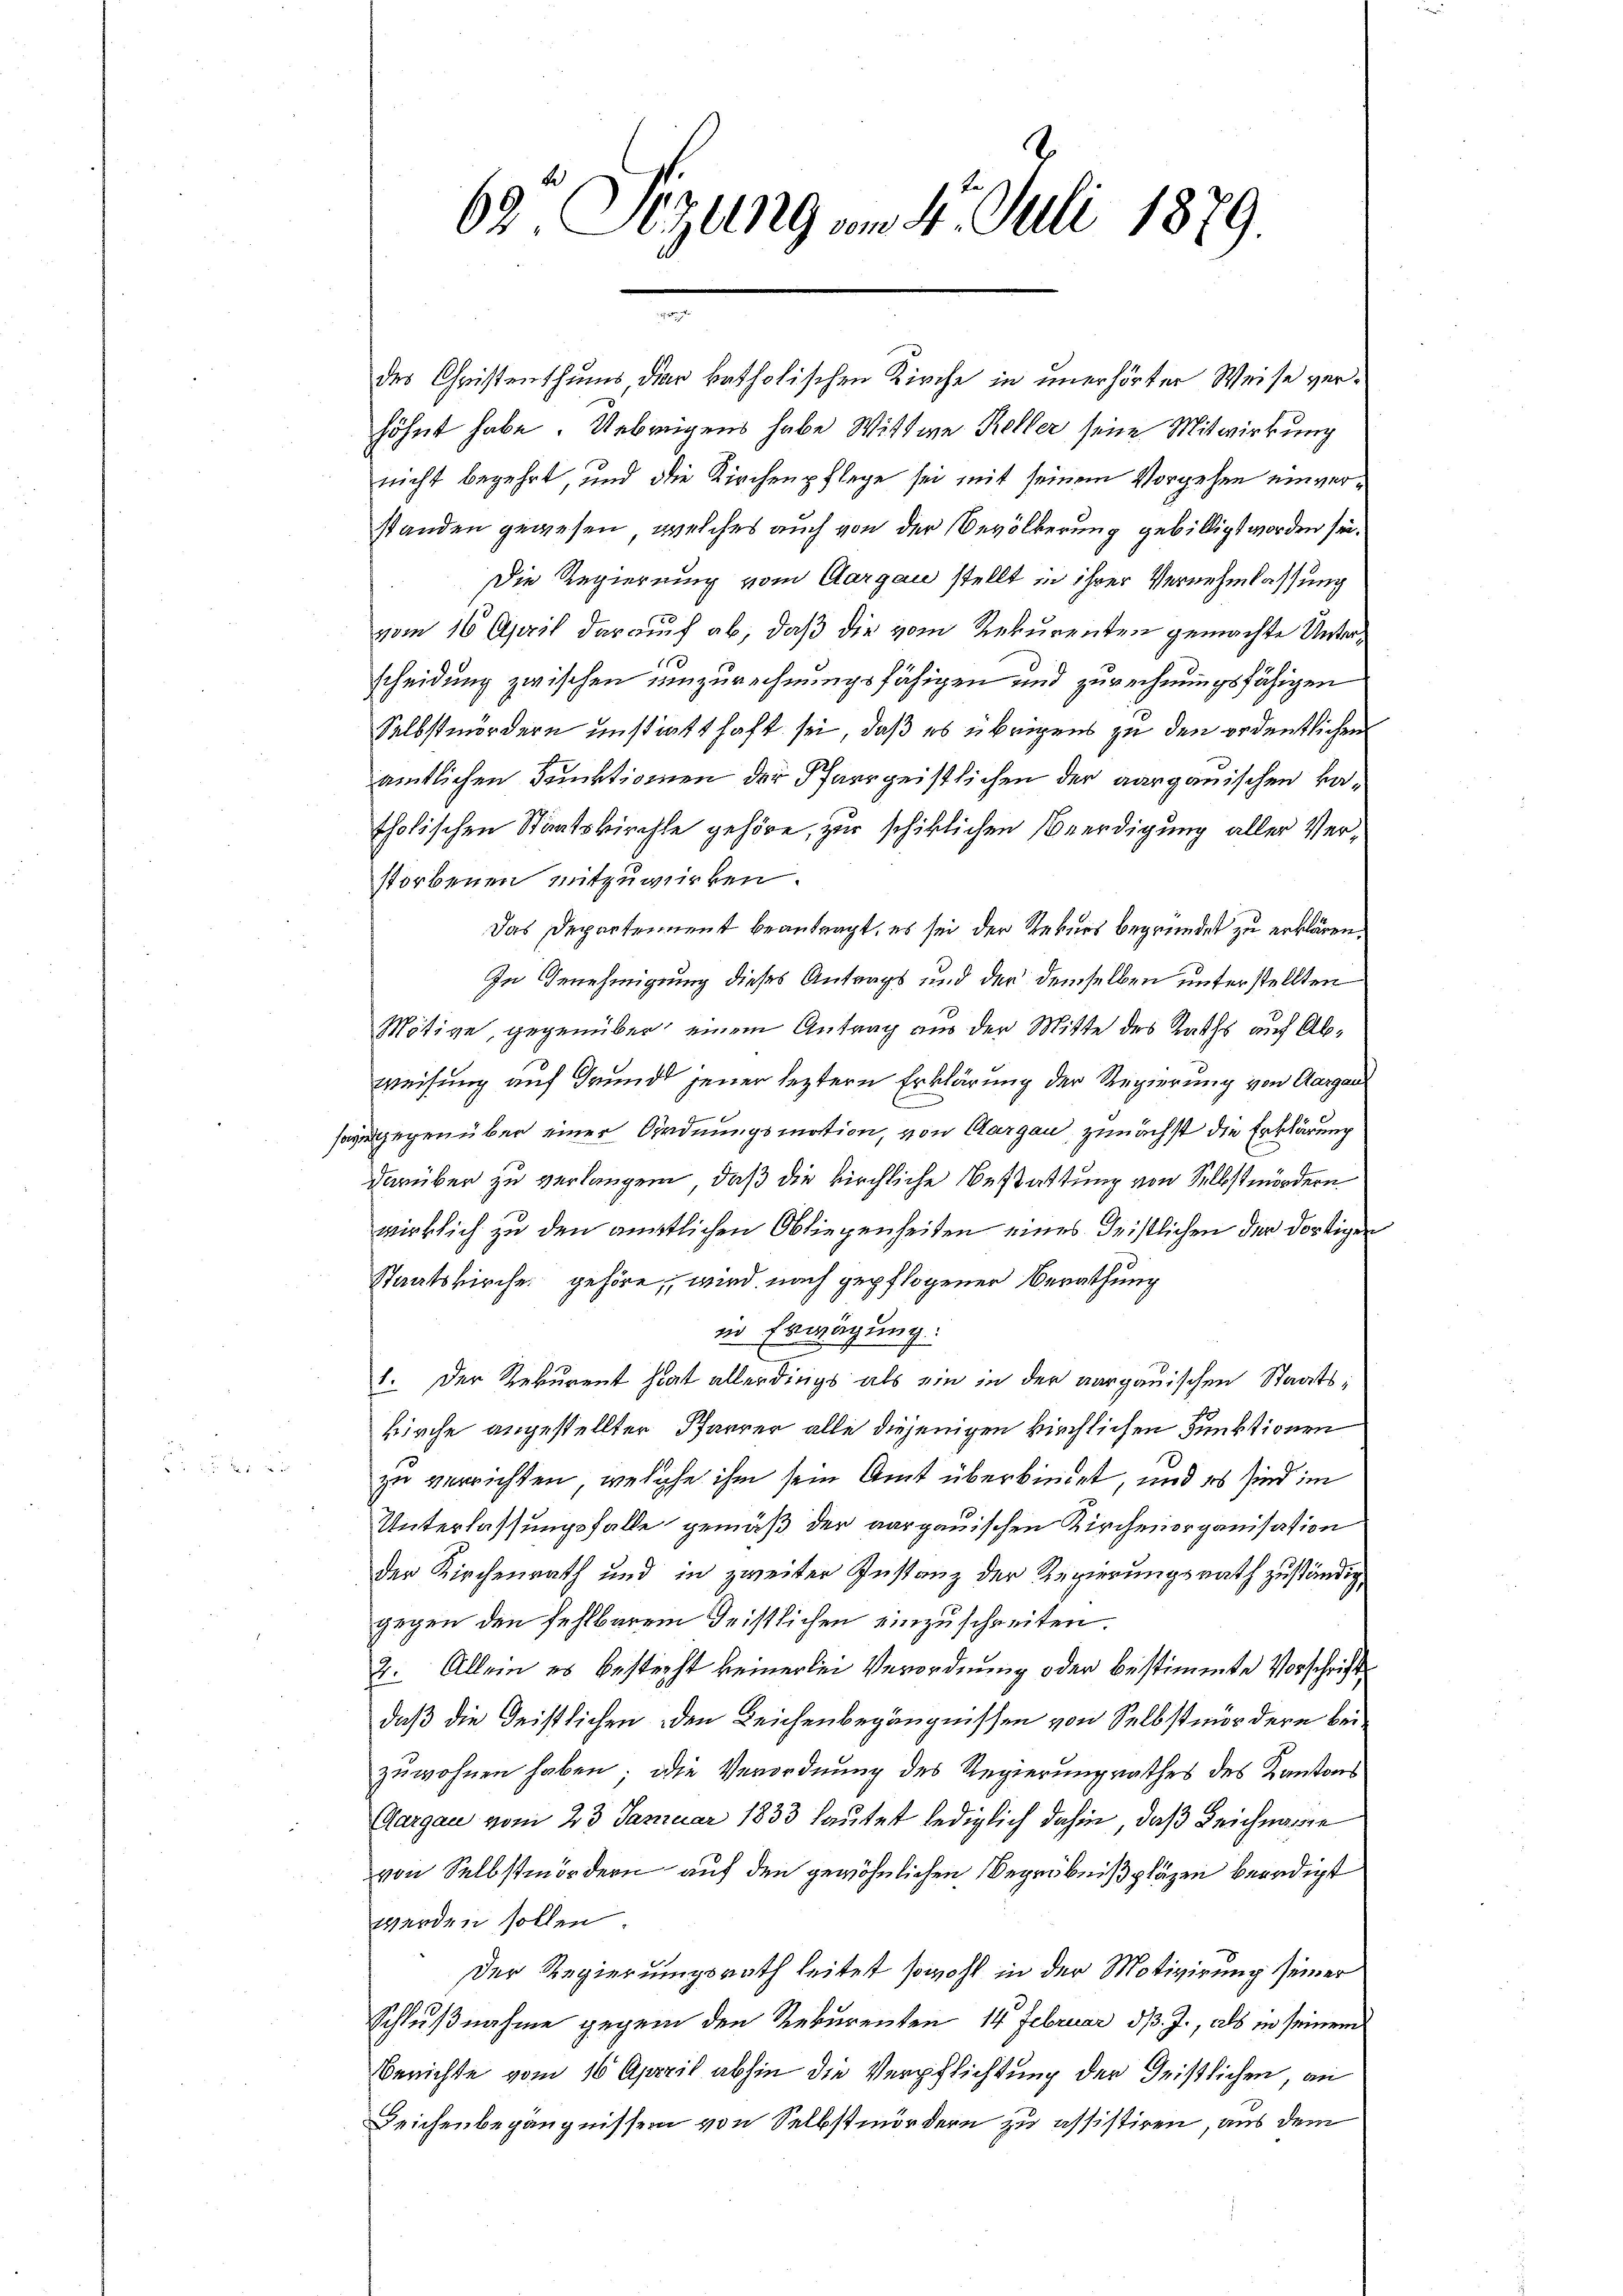
62 Sizung vom 4. Juli 1879.

höhnt habe. Uebrigens habe Wittwe Keller seine Mitwirkung
nicht begehrt, und die Kirchenpflege sei mit seinem Vorgehen einverstanden gewesen, welches auch von der Bevölkerung gebilligt worden sei.
Die Regierung vom Aargau stellt in ihrer Vernehmlassung
vom 16 April darauf ab, daß die vom Rekurenten gemachte Unters
scheidung zwischen einzurechnungsfähigen und zurechnungsfähigen
Selbstmördern unstatthaft sei, daß es übrigens zu den ordentlichen
amtlichen Funktionen der Pfarrgeistlichen der aargauischen katholischen Staatskirchte gehöre, zur schiklichen Beerdigung aller Verstorbenen mitzuwirken.
Das Departement beantragt, es sei der Rekurs begründet zu erklären,
In Genehmigung dieses Antrags und der demselben unterstellten
Mötive, gegenüber einem Antrag aus der Mitte des Raths auf Abweisung auf Grund jener leztern Erklärung der Regierung von Aargau
sage gegenüber einer Ordnungsmotion, von Aargau, zunächst die Erklärung
darüber zu verlangen, daß die kirchliche Bestattung von Selbstmördern
wirklich zu den amtlichen Obliegenheiten eines Geistlichen der dortigen
Staatskirche gehöre, wird nach gepflogener Berathung
in Erwägung:
E
1. Der Rekurent hat allerdings als ein in der aargauischen Staatskirche angestellter Pfarrer alle diejenigen kirchlichen Funktionen
zu verrichten, welche ihm sein Amt überkindet, und es sind im
Unterlassungsfalle gemäß der aargauischen Kirchenorganisation
der Kirchenrath und in zweiter Instanz der Regierungsrath zuständig,
gegen den fehlbarem Geistlichen einzuschreiten.
2. Allein es bestecht keinerlei Verordnung oder bestimmte Vorschrift
daß die Geistlichen den Leichenbegängnissen von Selbstmordern bei.
zuwohnen haben; die Verordnung des Regierungsrathes des Kantons
Aargau vom 23. Januar 1833 lautet lediglich dahin, daß Leichname
von Selbstmördern auf den gewöhnlichen Begräbnißpläzen beredigt
werden sollen.
Der Regierungsrath leitet sowohl in der Motivirung seiner
Schlußnahme gegen den Rekurenten 14 Februar d. J., als in seinem
Berichte vom 16 April abhin die Verpflichtung der Geistlichen, an
Leichenbegängnissen von Selbstmördern zu assistiren, aus dem

e

der Christenthums, der katholischen Kirche in unerhörter Weise ver¬